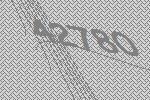
42780